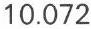
10.072